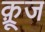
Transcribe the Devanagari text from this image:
क़्रूज